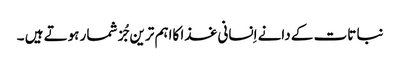
نبا تات کے دانے اِنسانی غذا کااہم ترین جُز شمار ہوتے ہیں ۔